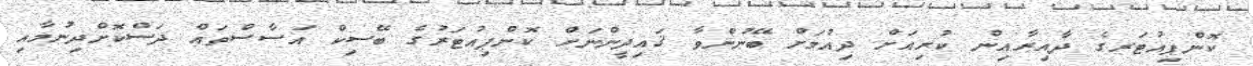
ކޮންޕިއުޓަރގެ ދާއިރާއިން ކުރިއަށް ދިއުމަށް ބޭނުންވާ ޤައިދީންނަށް ކޮންޕިއުޓަރުގެ ބޭސިކް އަސާސްތައް ދަސްކޮށްދިނުމާއި